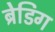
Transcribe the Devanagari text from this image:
ब्रेडिग